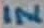
Text: IN